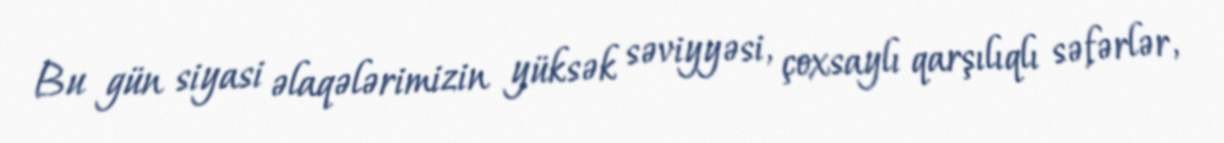
Bu gün siyasi əlaqələrimizin yüksək səviyyəsi, çoxsaylı qarşılıqlı səfərlər,